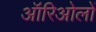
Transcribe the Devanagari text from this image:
ऑरिओलों